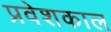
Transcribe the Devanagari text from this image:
प्रवेशकाल